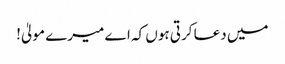
میں دعا کرتی ہوں کہ اے میرے مولیٰ!